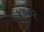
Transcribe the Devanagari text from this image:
४७०२